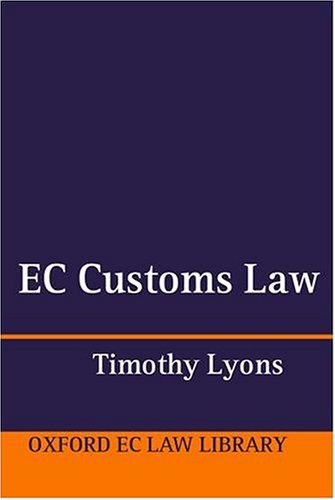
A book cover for EC Customs Law (Oxford European Community Law Library); Timothy Lyons; Law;